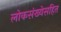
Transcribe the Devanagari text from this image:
लोकसंख्येसहित